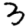
Digit: 3